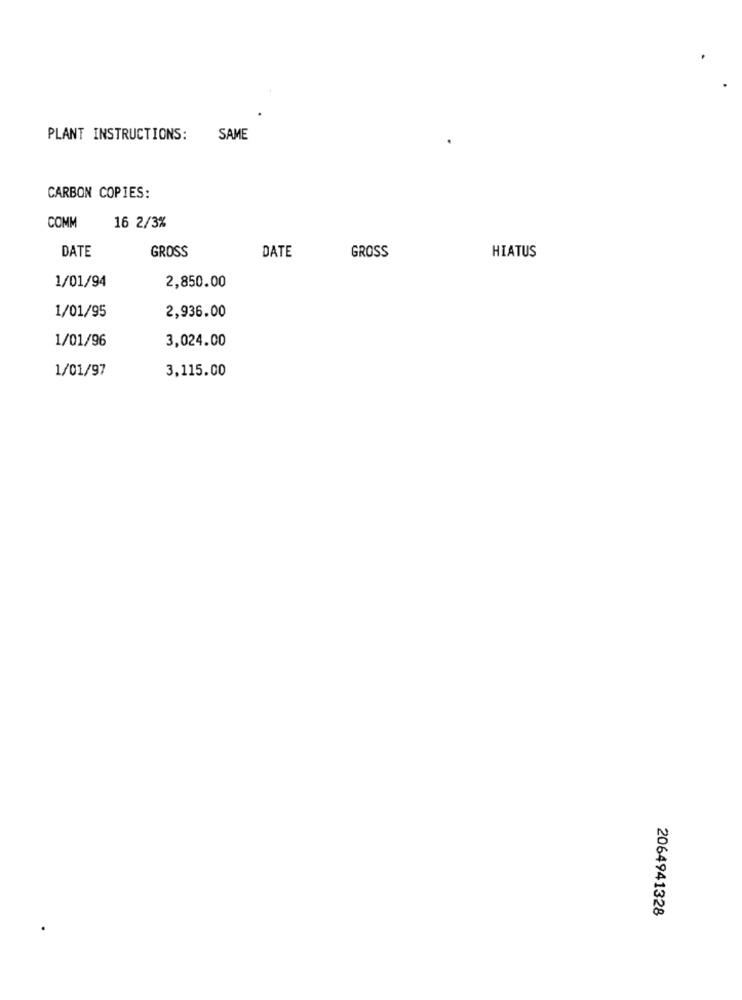
PLANT INSTRUCTIONS:
SAME
CARBON COPIES:
COMM
16 2/3%
DATE
GROSS
DATE
GROSS
HIATUS
1/01/94
2,850.00
1/01/95
2,936.00
1/01/96
3,024.00
1/01/97
3,115.00
2064941328